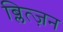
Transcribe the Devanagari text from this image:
ब्लित्ज़न